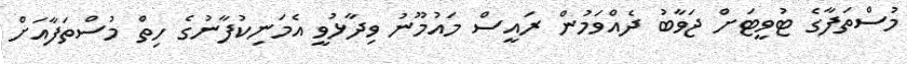
މުސްތަފާގެ ޓުވީޓަށް ޖަވާބު ދެއްވަމުން ރައީސް މައުމޫނު ވިދާޅުވީ އެމަނިކުފާނުގެ ހިތް މުސްތަފާއަށް